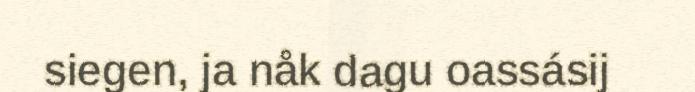
siegen, ja nåk dagu oassásij